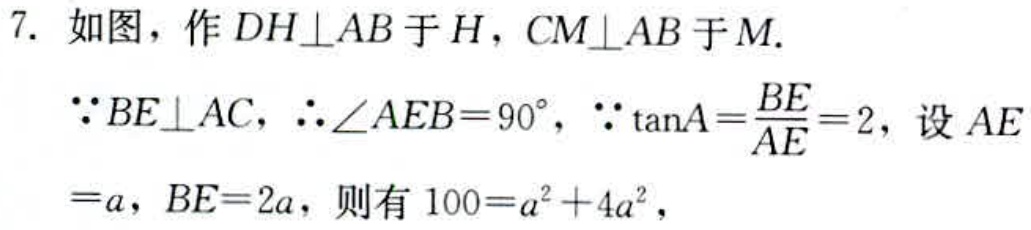
7. 如图，作 \(DH\perp AB\) 于 \(H\)，\(CM\perp AB\) 于 \(M\).
\(\because BE\perp AC\)，\(\therefore\angle AEB = 90^{\circ}\)，\(\because\tan A=\frac{BE}{AE}=2\)，设 \(AE\)
\(=a\)，\(BE = 2a\)，则有 \(100=a^{2}+4a^{2}\)，